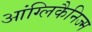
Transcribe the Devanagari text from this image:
आंग्लिकैनिज्म